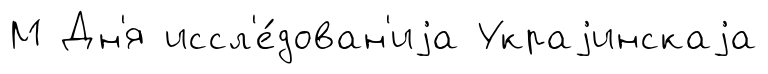
М Дн'я иссл'е́дован'иjа Украjинскаjа